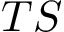
T S